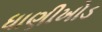
ધાણીખોડ